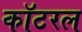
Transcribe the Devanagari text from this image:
कॉटरल